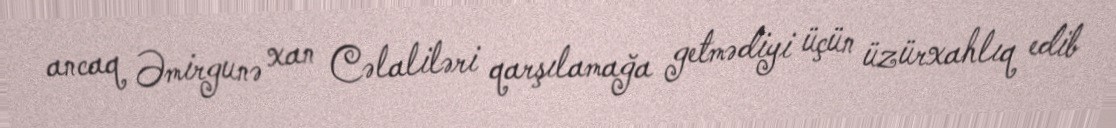
ancaq Əmirgunə xan Cəlaliləri qarşılamağa getmədiyi üçün üzürxahlıq edib